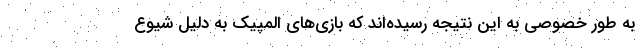
به طور خصوصی به این نتیجه رسیده‌اند که بازی‌های المپیک به دلیل شیوع